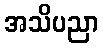
အသိပညာ